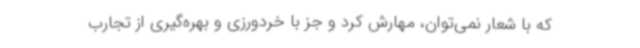
که با شعار نمی‌توان، مهارش کرد و جز با خردورزی و بهره‌گیری از تجارب